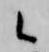
候